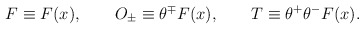
\begin{align*}F\equiv F(x),\qquad O_{\pm }\equiv \theta ^{\mp }F(x),\qquad T\equiv \theta^{+}\theta ^{-}F(x). \end{align*}